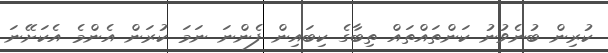
ކުރިން ބުނެވުނު ކަންތައްތައް ތިބާގެ ކިބައިން ފެންނަ ނަމަ ކުރަން އެންމެ އެކަށޭނަ